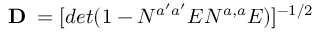
{ \bf D _ { \phi } } = [ d e t ( 1 - N ^ { a ^ { \prime } a ^ { \prime } } E N ^ { a , a } E ) ] ^ { - 1 / 2 } \, \,